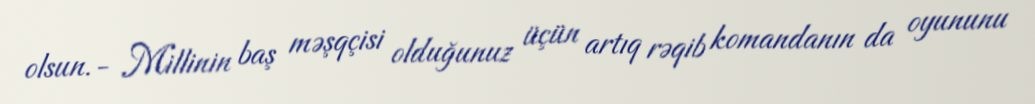
olsun.- Millinin baş məşqçisi olduğunuz üçün artıq rəqib komandanın da oyununu